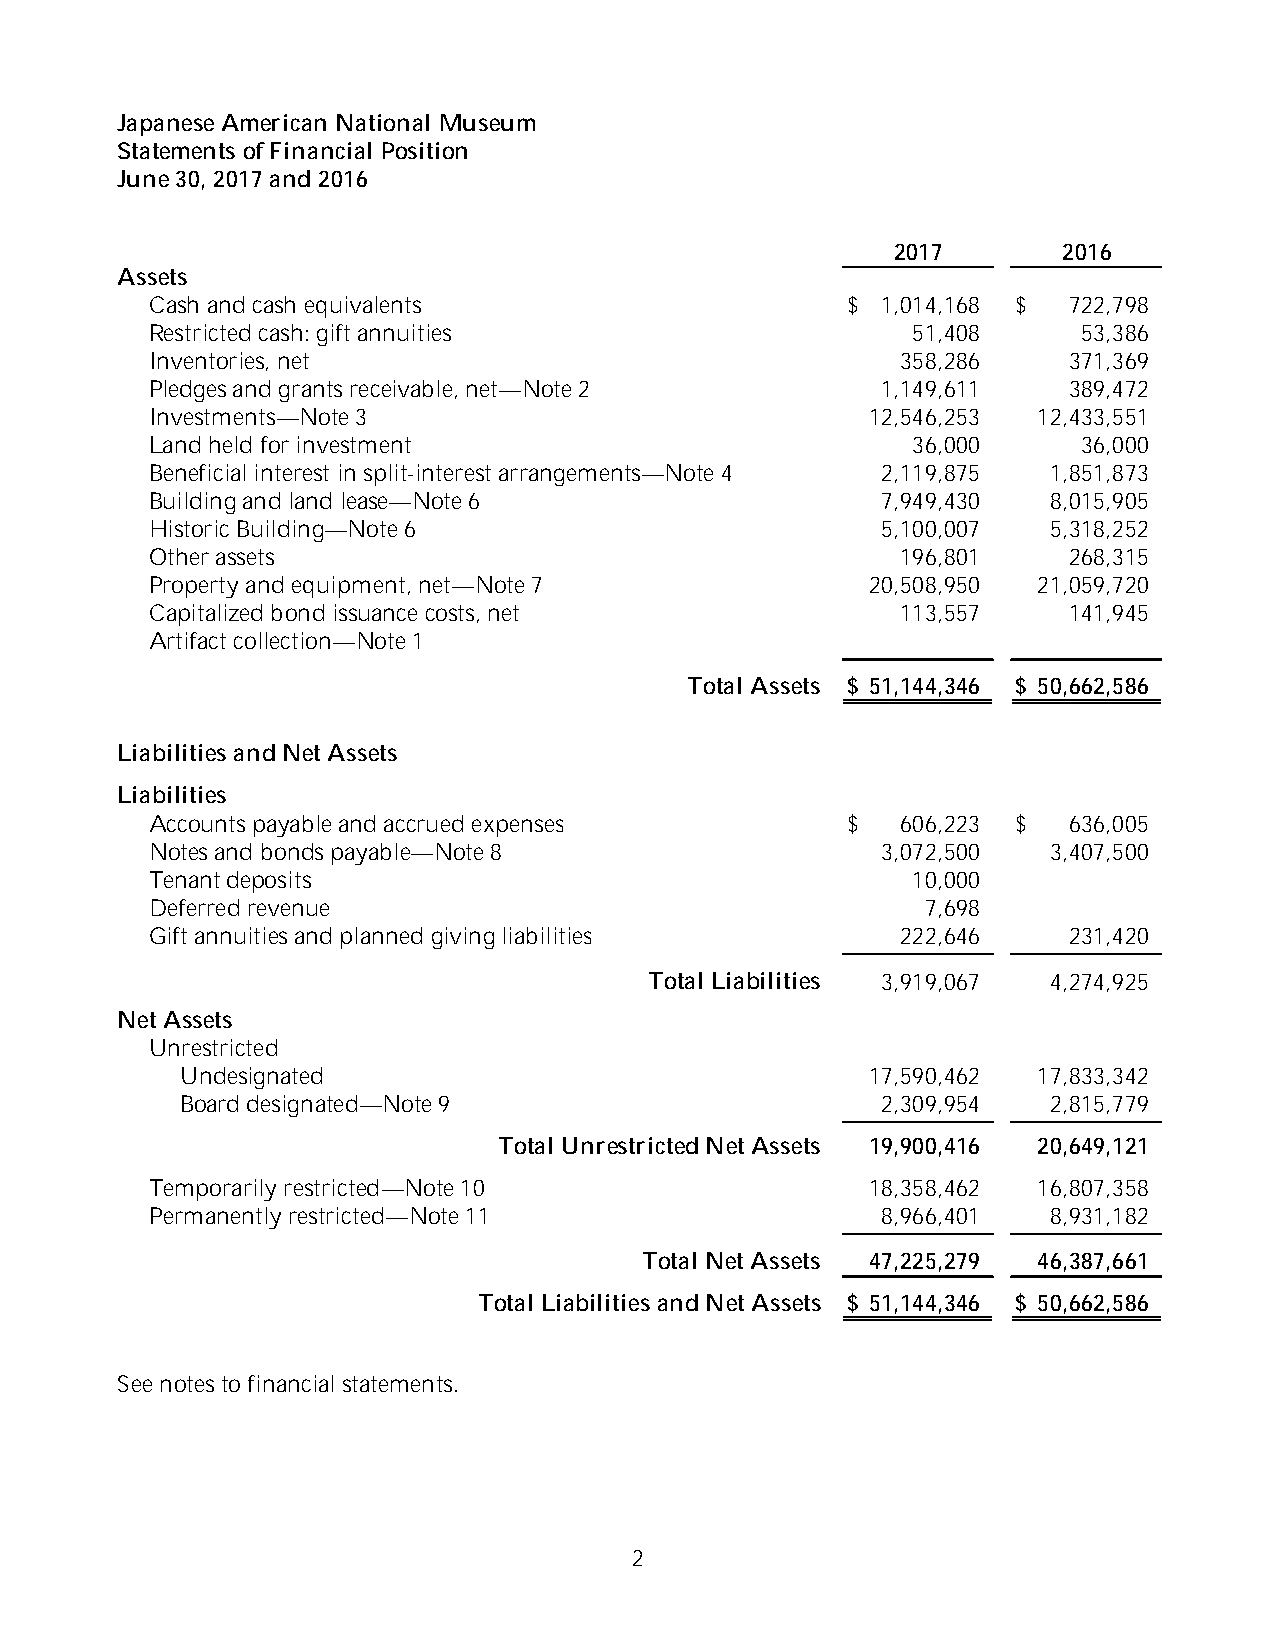
JapaneseAmerican National Museum
 Statements ofFinancial Position
 June30, 2017 and 2016
 2017       2016
 Assets
 Cash and cash equivalents                     $ 1,014,168 $  722,798
 Restricted cash: gift annuities                   51,408      53,386
 Inventories, net                                  358,286    371,369
 Pledges and grantsreceivable, net—Note 2        1,149,611    389,472
 Investments—Note 3                              12,546,253 12,433,551
 Land held for investment                          36,000      36,000
 Beneficial interest in split-interest arrangements—Note 4 2,119,875 1,851,873
 Building and land lease—Note 6                  7,949,430   8,015,905
 Historic Building—Note 6                        5,100,007   5,318,252
 Other assets                                      196,801    268,315
 Property andequipment, net—Note 7               20,508,950 21,059,720
 Capitalized bond issuancecosts, net               113,557    141,945
 Artifact collection—Note 1
 Total Assets $ 51,144,346 $ 50,662,586
 Liabilities and Net Assets
 Liabilities
 Accountspayable and accrued expenses          $   606,223 $  636,005
 Notes and bonds payable—Note 8                  3,072,500   3,407,500
 Tenant deposits                                   10,000
 Deferred revenue                                   7,698
 Gift annuities and planned giving liabilities     222,646    231,420
 Total Liabilities 3,919,067 4,274,925
 Net Assets
 Unrestricted
 Undesignated                                  17,590,462 17,833,342
 Board designated—Note 9                       2,309,954   2,815,779
 Total Unrestricted Net Assets 19,900,416 20,649,121
 Temporarily restricted—Note 10                  18,358,462 16,807,358
 Permanently restricted—Note 11                  8,966,401   8,931,182
 Total Net Assets 47,225,279 46,387,661
 Total Liabilities and Net Assets $ 51,144,346 $ 50,662,586
 See notesto financial statements.
 2